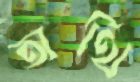
অর্থি